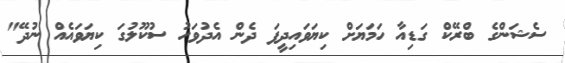
ސެޝަންގެ ބްރޭކް ގަޑިއާ ހަމަޔަށް ކިޔަވައިދީފަ ދެން އެދުވަހު ސުކޫލުގަ ކިޔަވައެއް ނުދޭ"